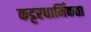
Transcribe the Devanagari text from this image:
कट्टरधार्मिकता